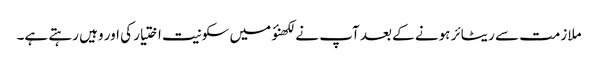
ملازمت سے ریٹائر ہونے کے بعد آپ نے لکھنؤ میں سکونیت اختیار کی اور وہیں رہتے ہے۔